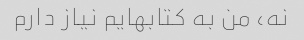
نه، من به کتابهایم نیاز دارم